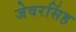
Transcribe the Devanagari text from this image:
जेवरसिंह